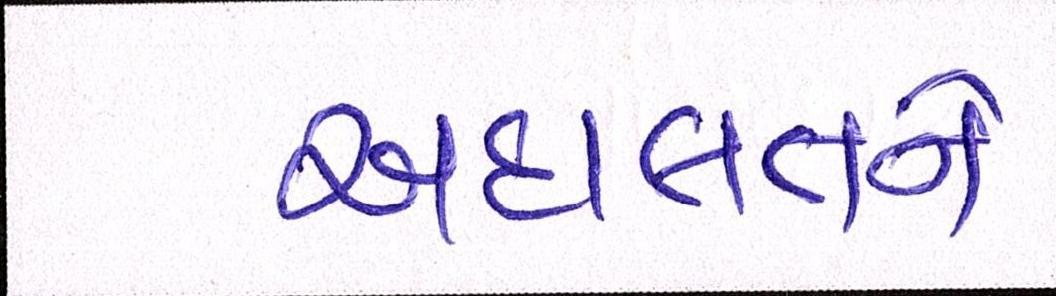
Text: અદાલતને